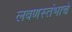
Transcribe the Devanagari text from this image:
लवणस्तंभाचे